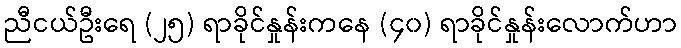
ညီငယ်ဦးရေ (၂၅) ရာခိုင်နှုန်းကနေ (၄၀) ရာခိုင်နှုန်းလောက်ဟာ